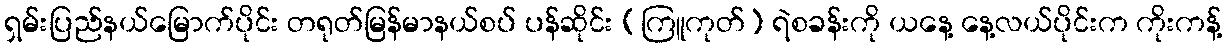
ရှမ်းပြည်နယ်မြောက်ပိုင်း တရုတ်မြန်မာနယ်စပ် ပန်ဆိုင်း (ကြူကုတ်) ရဲစခန်းကို ယနေ့ နေ့လယ်ပိုင်းက ကိုးကန့်